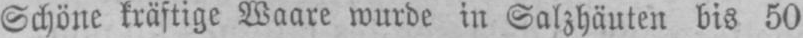
Schöne kräftige Waare wurde in Salzhäuten bis 50